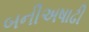
બનીઅષાઢી